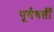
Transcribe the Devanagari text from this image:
पूर्ववर्तीं